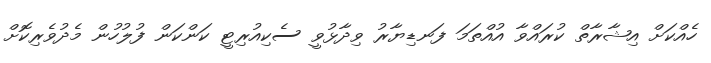
ހެއްކަށް އިޝާރާތް ކުރައްވާ އުއްތަމަ ފަނޑިޔާރު ވިދާޅުވީ ސެކިއުރިޓީ ކަންކަން ފުލުހުން މެދުވެރިކޮށް